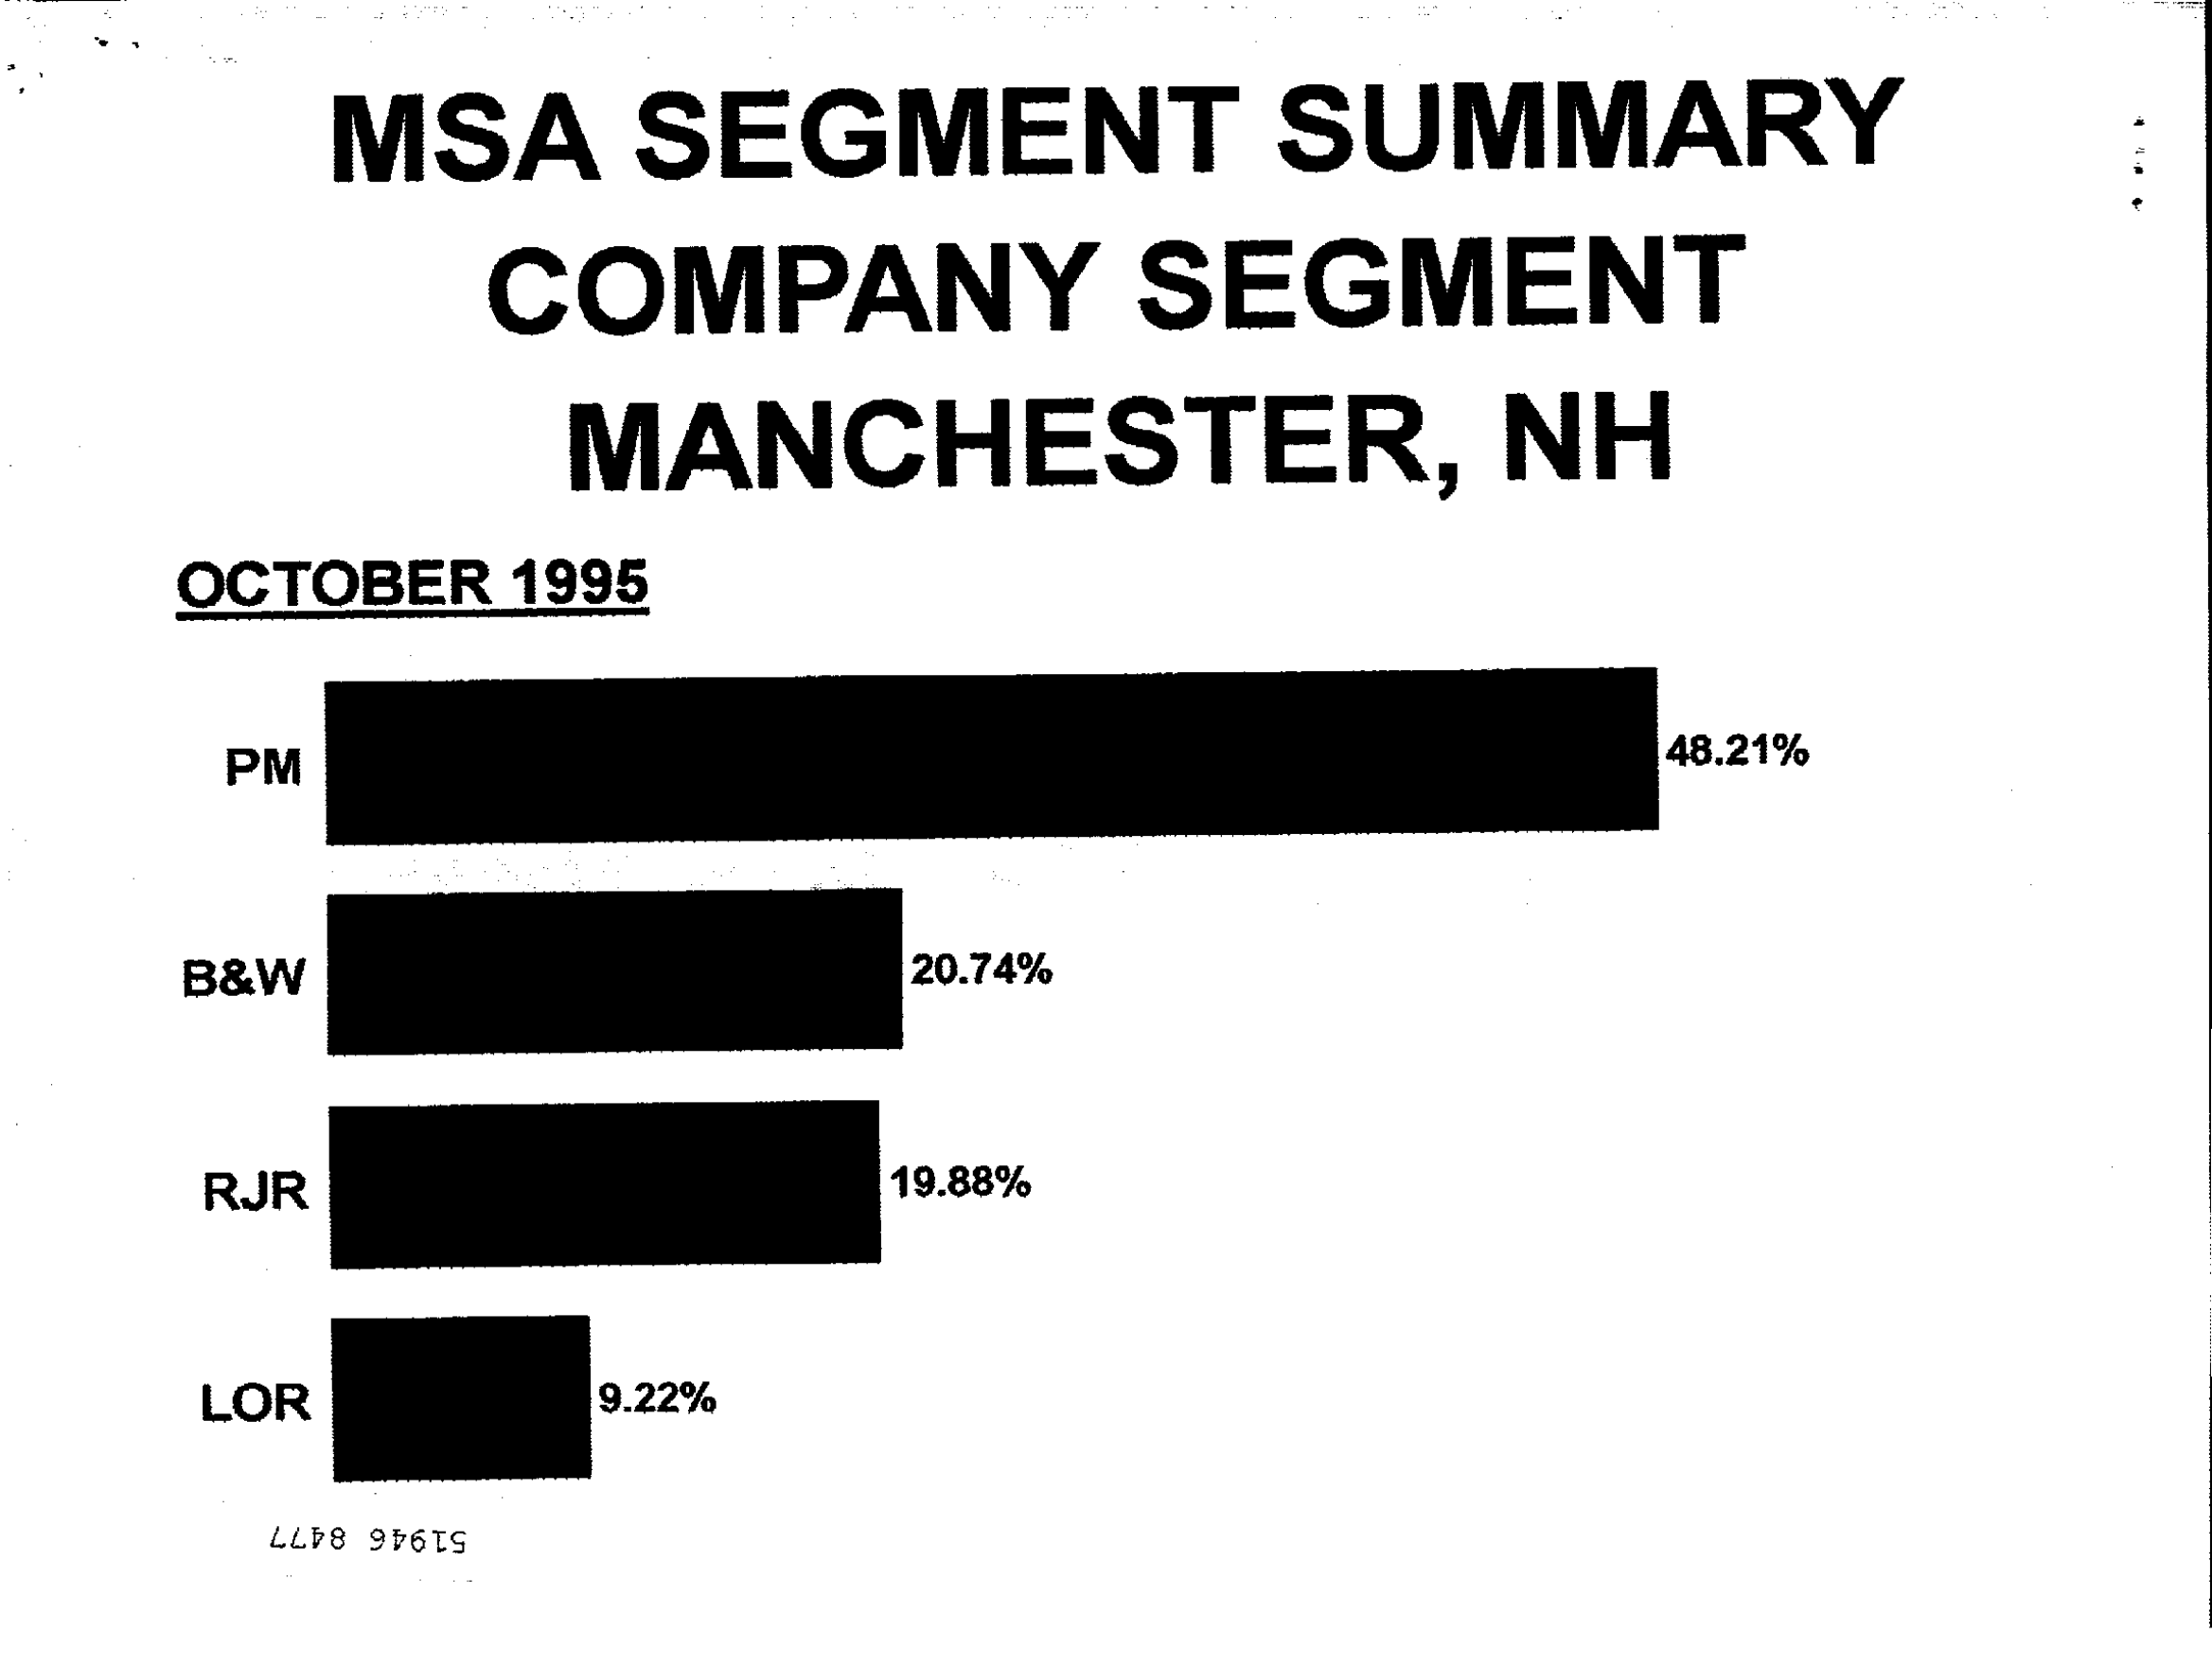
MSA SEGMENT SUMMARY
     COMPANY SEGMENT
     MANCHESTER, NH
  OCTOBER 1995
   PM    48.21%
  B&W    20.74%
   RJR    19.88%
   LOR 9.22%
     51946 8477